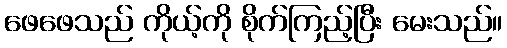
ဖေဖေသည် ကိုယ့်ကို စိုက်ကြည့်ပြီး မေးသည်။